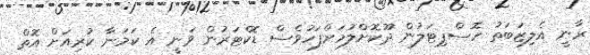
ރާނީ އެލިޒަބަތު ހޮސްޕިޓަލުން ދޫކޮށްލުމަށްފަހުވެސް ޑޮކްޓަރުން ވަނީ އެ ކަމަނާ ކުރިއަށް އޮތް